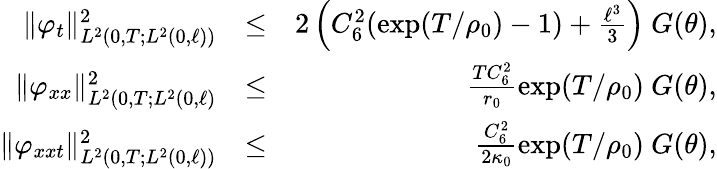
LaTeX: \begin{array}{rlr}{\Vert\varphi_{t}\Vert_{L^{2}(0,T;L^{2}(0,\ell))}^{2}}&{\leq}&{2\left(C_{6}^{2}(\exp(T/\rho_{0})-1)+\frac{\ell^{3}}{3}\right)\ G(\theta),}\\ {\Vert\varphi_{xx}\Vert_{L^{2}(0,T;L^{2}(0,\ell)}^{2}}&{\leq}&{\frac{TC_{6}^{2}}{r_{0}}\exp(T/\rho_{0})\ G(\theta),}\\ {\Vert\varphi_{xxt}\Vert_{L^{2}(0,T;L^{2}(0,\ell))}^{2}}&{\leq}&{\frac{C_{6}^{2}}{2\kappa_{0}}\exp(T/\rho_{0})\ G(\theta),}\end{array}